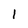
Character: l